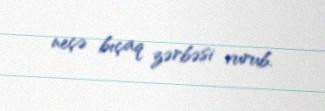
neçə bıçaq zərbəsi vurub.